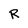
Character: R